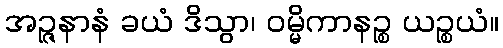
အဉ္ဇနာနံ ခယံ ဒိသွာ၊ ဝမ္မိကာနဉ္စ ယဉ္စယံ။